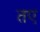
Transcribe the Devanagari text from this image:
तए